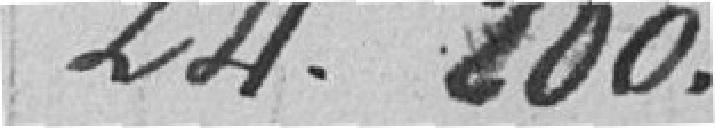
24.200